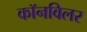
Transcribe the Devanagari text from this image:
कॉनविलर